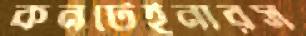
কনটেইনারস